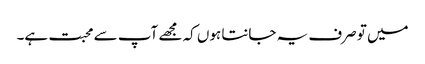
میں تو صرف یہ جانتا ہوں کہ مجھے آپ سے محبت ہے۔